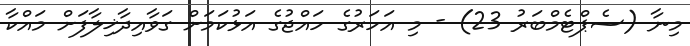
މިނާ (ސެޕްޓެމްބަރު 23) - މި އަަހަރުގެ ހައްޖުގެ އަޅުކަމަށް ގަވާއިދާޚިލާފަށް މައްކާ